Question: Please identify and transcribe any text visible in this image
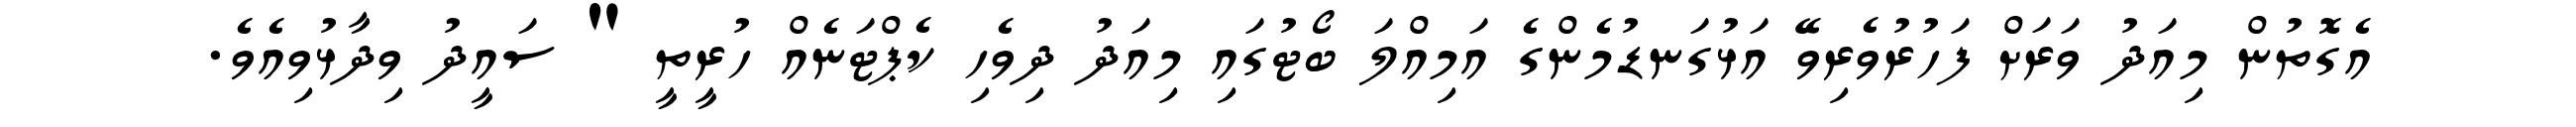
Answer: އެގޮތުން މިއަދު ވަރަށް ފަހުރުވެރިވޭ އަޅުގަނޑުމެންގެ އަމިއްލަ ބޯޓުގައި މިއަދު ދިވެހި ކެޕްޓަނެއް ހުރީތީ " ސައީދު ވިދާޅުވިއެވެ.